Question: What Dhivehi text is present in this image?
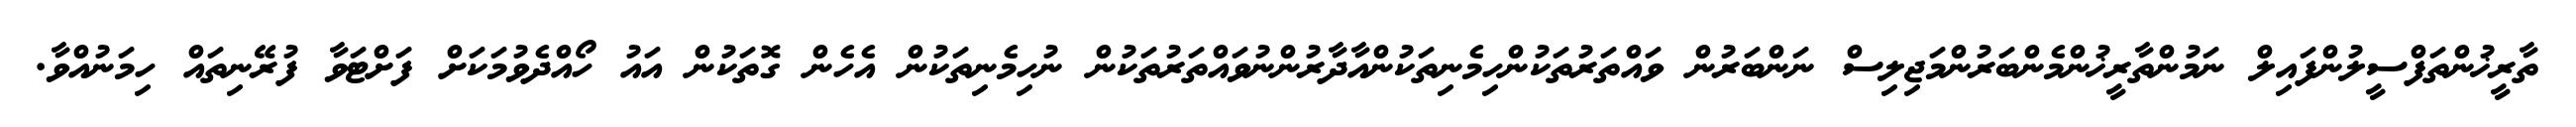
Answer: ތާރީޚުންތަފްސީލުންފައިލް ނަމުންތާރީޚުންމެންބަރުންމަޖިލިސް ނަންބަރުން ވައްތަރުތަކުންހިމެނިތަކުންއާދާރުންނުވައްތަރުތަކުން ނުހިމެނިތަކުން އެހެން ގޮތަކުން އައު ހޯއްދެވުމަކަށް ފަށްޓަވާ ފުރޭނިތައް ހިމަނުއްވާ.